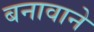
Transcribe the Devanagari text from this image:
बनावाने